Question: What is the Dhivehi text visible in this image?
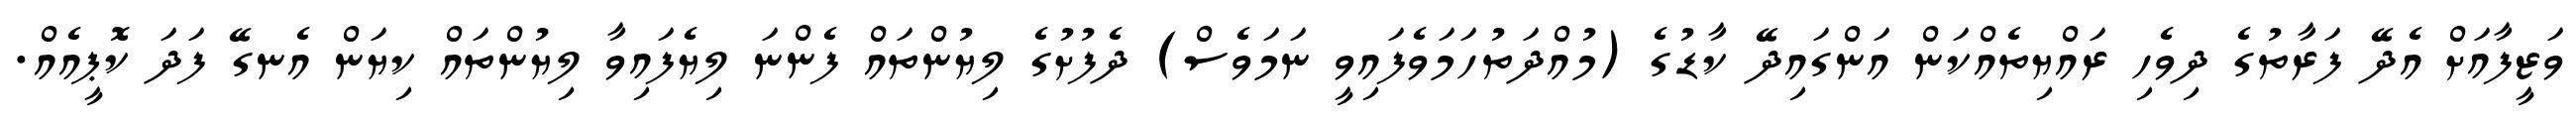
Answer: ވަޒީފާއަށް އެދޭ ފަރާތުގެ ދިވެހި ރައްޔިތެއްކަން އަންގައިދޭ ކާޑުގެ (މުއްދަތުހަމަވެފައިވީ ނަމަވެސް) ދެފުށުގެ ލިޔުންތައް ފެންނަ ލިޔެފައިވާ ލިޔުންތައް ކިޔަން އެނގޭ ފަދަ ކޮޕީއެއް.